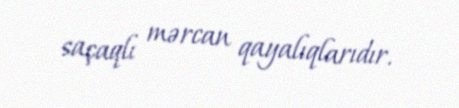
saçaqlı mərcan qayalıqlarıdır.